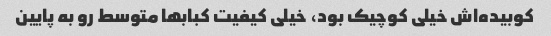
کوبیده‌اش خیلی کوچیک بود، خیلی کیفیت کبابها متوسط رو به پایین